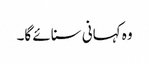
وہ کہانی سنائے گا۔